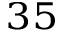
^ { 3 5 }